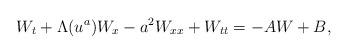
LaTeX: \begin{align*}W_t + \Lambda(u^a) W_x - a^2 W_{xx} + W_{tt} = - A W + B,\end{align*}